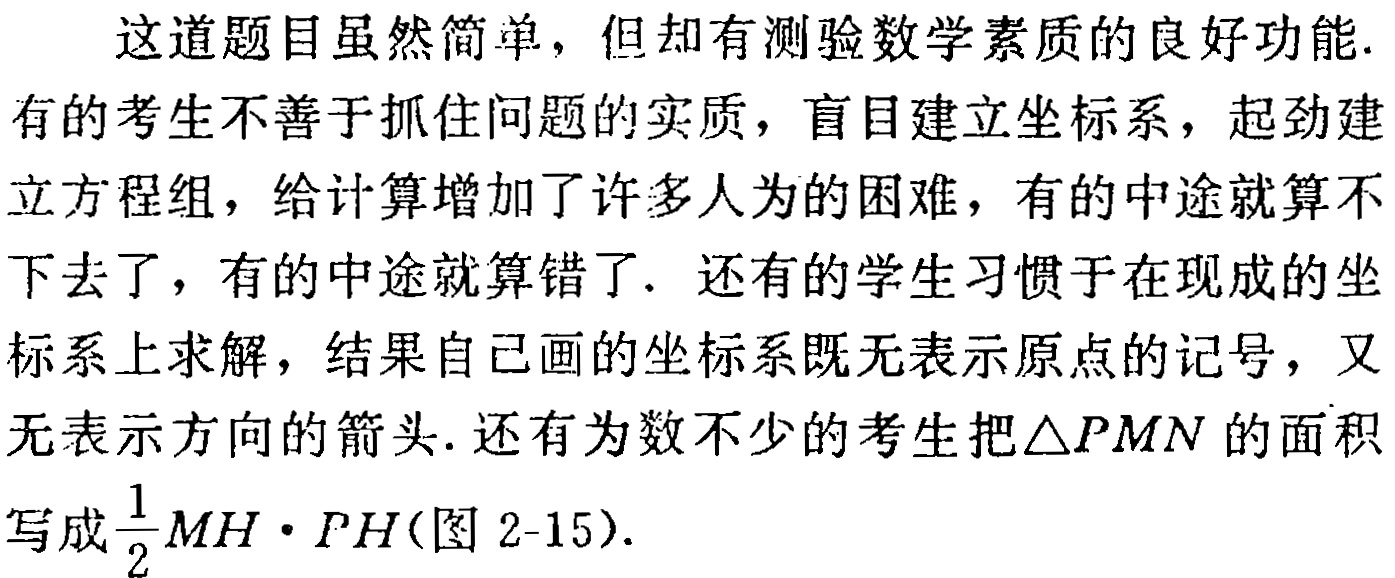
这道题目虽然简单，但却有测验数学素质的良好功能. 有的考生不善于抓住问题的实质，盲目建立坐标系，起劲建立方程组，给计算增加了许多人为的困难，有的中途就算不下去了，有的中途就算错了. 还有的学生习惯于在现成的坐标系上求解，结果自己画的坐标系既无表示原点的记号，又无表示方向的箭头. 还有为数不少的考生把$\triangle PMN$的面积写成$\frac{1}{2}MH\cdot PH$(图 2-15).